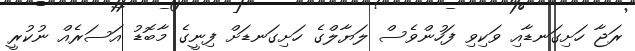
ރަޖާ ހަށިގަނޑާއި ވަކިވި ފަހުންވެސް ލަޔާލްގެ ހަށިގަނޑަށް ފިނީގެ މާބޮޑު އަސަރެއް ނުކުރީ